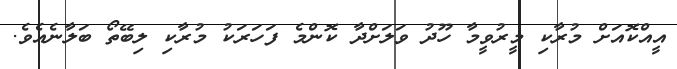
އީއްކޮއަށް މުރާކި މީރުވީމާ ހޫދު ވަލަށްދާ ކޮންމެ ފަހަރަކު މުރާކި ލިބޭތޯ ބަލާނެއެވެ.